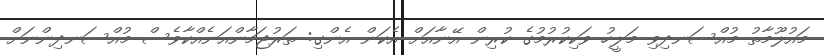
މައުލޫމާތު މުއްސަނދިވި މަލީހު ވަކިކުރުމުގެ ކުރިން އޭނާއަށް އެކަން އެންގި: ތަރުޖަމާންއަނެއްކާވެސް މުއްސަނދިންނަށް